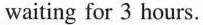
waiting for 3 hours.